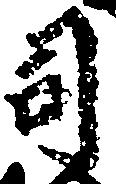
司